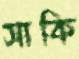
সাকি